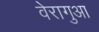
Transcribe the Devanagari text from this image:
वेरागुआ